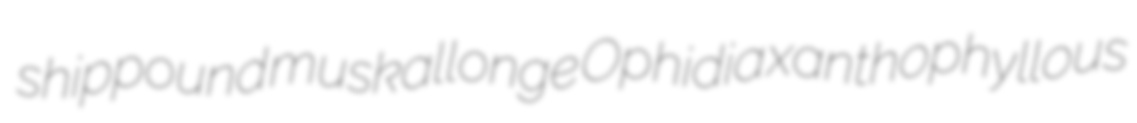
shippound muskallonge Ophidia xanthophyllous